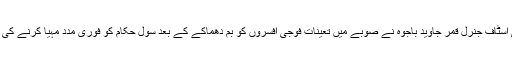
چیف آف آرمی اسٹاف جنرل قمر جاوید باجوہ نے صوبے میں تعینات فوجی افسروں کو بم دھماکے کے بعد سول حکام کو فوری مدد مہیا کرنے کی ہدایت کی ہے۔